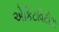
એકિટવિટીઝ